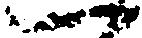
一